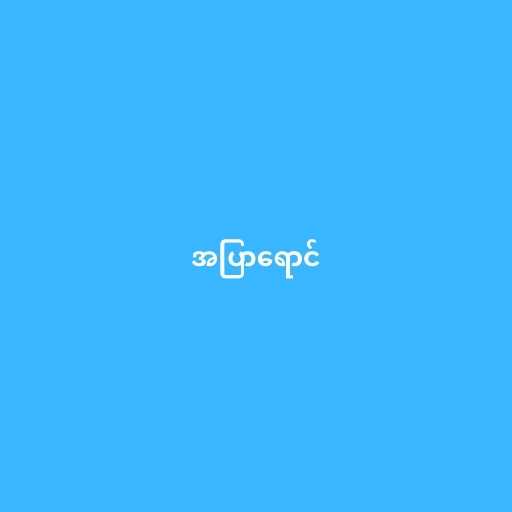
အပြာရောင်